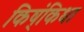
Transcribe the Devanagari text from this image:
किष्ंिकधा